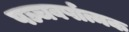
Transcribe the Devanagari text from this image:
पञ्चवर्षात्मक